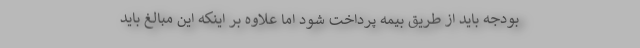
بودجه باید از طریق بیمه پرداخت شود اما علاوه بر اینكه این مبالغ باید